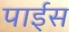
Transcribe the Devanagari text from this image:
पाईस